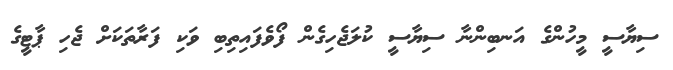
ސިޔާސީ މީހުންގެ އަނބިންނާ ސިޔާސީ ކުލަޖެހިގެން ފޯވެފައިތިބި ވަކި ފަރާތަކަށް ޖެހި ޕާޓީގެ